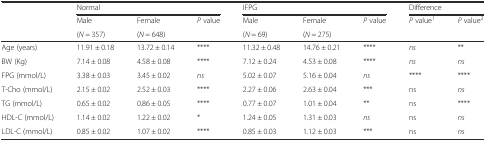
<table><thead><tr><td></td><td colspan="3"><b>Normal</b></td><td colspan="3"><b>IFPG</b></td><td colspan="2"><b>Difference</b></td></tr><tr><td></td><td><b>Male</b></td><td><b>Female</b></td><td><b><i>P</i> value</b></td><td><b>Male</b></td><td><b>Female</b></td><td><b><i>P</i> value</b></td><td><b><i>P</i> value<sup>1</sup></b></td><td><b><i>P</i> value<sup>2</sup></b></td></tr><tr><td></td><td><b>(<i>N</i> = 357)</b></td><td><b>(<i>N</i> = 648)</b></td><td></td><td><b>(<i>N</i> = 69)</b></td><td><b>(<i>N</i> = 275)</b></td><td></td><td></td><td></td></tr></thead><tbody><tr><td>Age (years)</td><td>11.91 ± 0.18</td><td>13.72 ± 0.14</td><td>****</td><td>11.32 ± 0.48</td><td>14.76 ± 0.21</td><td>****</td><td><i>ns</i></td><td>**</td></tr><tr><td>BW (Kg)</td><td>7.14 ± 0.08</td><td>4.58 ± 0.08</td><td>****</td><td>7.12 ± 0.24</td><td>4.53 ± 0.08</td><td>****</td><td><i>ns</i></td><td><i>ns</i></td></tr><tr><td>FPG (mmol/L)</td><td>3.38 ± 0.03</td><td>3.45 ± 0.02</td><td><i>ns</i></td><td>5.02 ± 0.07</td><td>5.16 ± 0.04</td><td><i>ns</i></td><td>****</td><td>****</td></tr><tr><td>T-Cho (mmol/L)</td><td>2.15 ± 0.02</td><td>2.52 ± 0.03</td><td>****</td><td>2.27 ± 0.06</td><td>2.63 ± 0.04</td><td>***</td><td>ns</td><td><i>ns</i></td></tr><tr><td>TG (mmol/L)</td><td>0.65 ± 0.02</td><td>0.86 ± 0.05</td><td>****</td><td>0.77 ± 0.07</td><td>1.01 ± 0.04</td><td>**</td><td>ns</td><td>****</td></tr><tr><td>HDL-C (mmol/L)</td><td>1.14 ± 0.02</td><td>1.22 ± 0.02</td><td>*</td><td>1.24 ± 0.05</td><td>1.31 ± 0.03</td><td><i>ns</i></td><td>ns</td><td><i>ns</i></td></tr><tr><td>LDL-C (mmol/L)</td><td>0.85 ± 0.02</td><td>1.07 ± 0.02</td><td>****</td><td>0.85 ± 0.03</td><td>1.12 ± 0.03</td><td>***</td><td>ns</td><td><i>ns</i></td></tr></tbody></table>